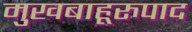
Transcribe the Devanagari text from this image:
मुखबाहूरुपाद